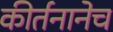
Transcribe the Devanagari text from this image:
कीर्तनानेच